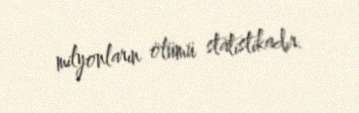
milyonların ölümü statistikadır.